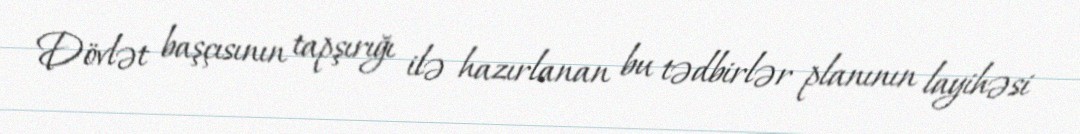
Dövlət başçısının tapşırığı ilə hazırlanan bu tədbirlər planının layihəsi